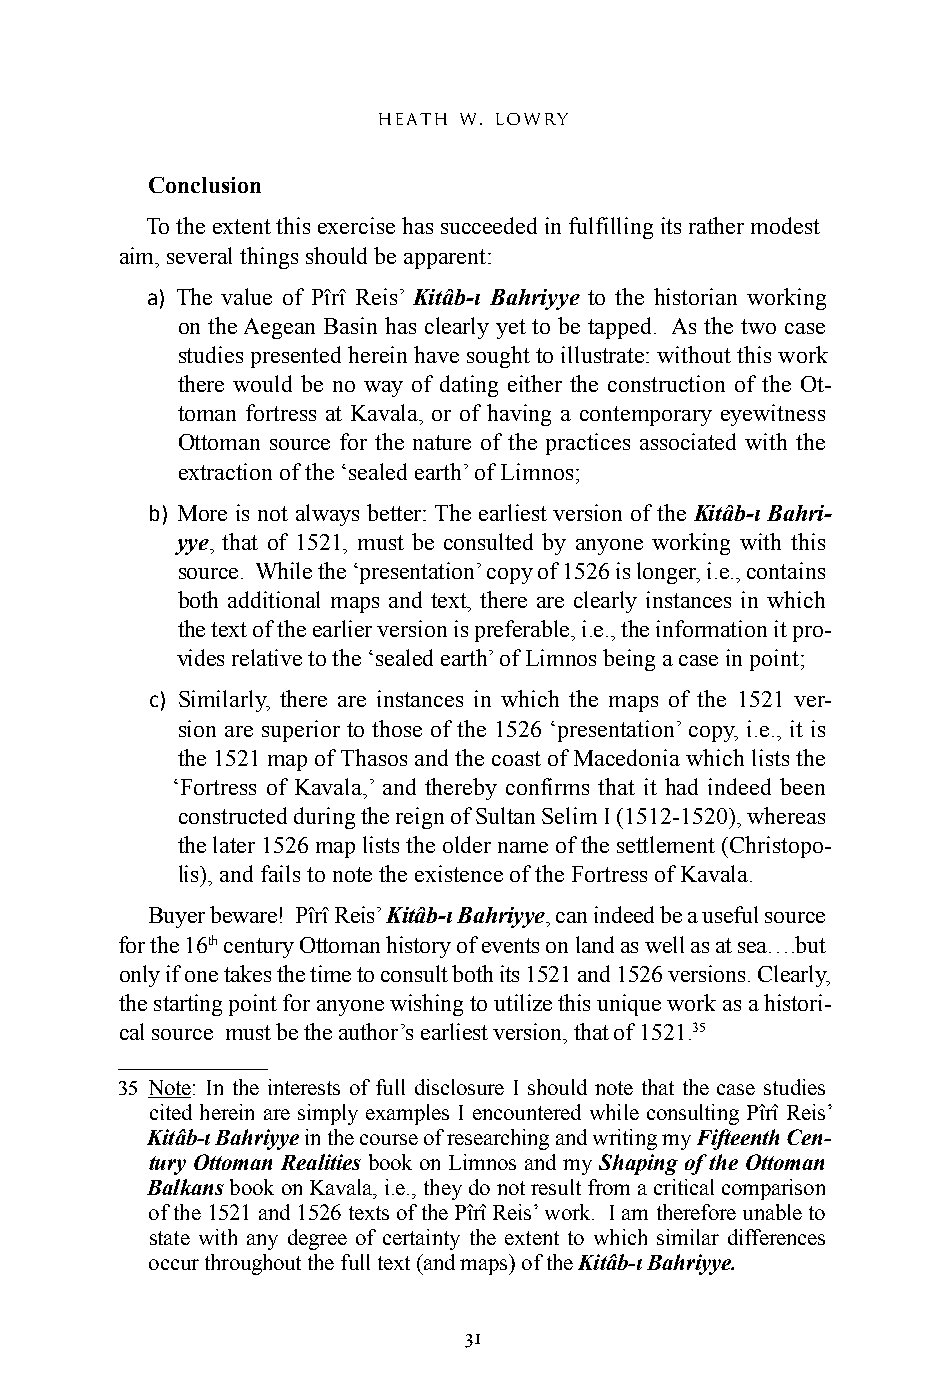
heath w. lowry
 Conclusion
 To the extent this exercise has succeeded in fulfilling its rather modest
 aim, several things should be apparent:
 a) The value of Pîrî Reis’ Kitâb-ı Bahriyye to the historian working
 on the Aegean Basin has clearly yet to be tapped. As the two case
 studies presented herein have sought to illustrate: without this work
 there would be no way of dating either the construction of the Ot-
 toman fortress at Kavala, or of having a contemporary eyewitness
 Ottoman source for the nature of the practices associated with the
 extraction of the ‘sealed earth’ of Limnos;
 b) More is not always better: The earliest version of the Kitâb-ı Bahri-
 yye, that of 1521, must be consulted by anyone working with this
 source. While the ‘presentation’ copy of 1526 is longer, i.e., contains
 both additional maps and text, there are clearly instances in which
 the text of the earlier version is preferable, i.e., the information it pro-
 vides relative to the ‘sealed earth’ of Limnos being a case in point;
 c) Similarly, there are instances in which the maps of the 1521 ver-
 sion are superior to those of the 1526 ‘presentation’ copy, i.e., it is
 the 1521 map of Thasos and the coast of Macedonia which lists the
 ‘Fortress of Kavala,’ and thereby confirms that it had indeed been
 constructed during the reign of Sultan Selim I (1512-1520), whereas
 the later 1526 map lists the older name of the settlement (Christopo-
 lis), and fails to note the existence of the Fortress of Kavala.
 Buyer beware! Pîrî Reis’ Kitâb-ı Bahriyye, can indeed be a useful source
 for the 16th century Ottoman history of events on land as well as at sea….but
 only if one takes the time to consult both its 1521 and 1526 versions. Clearly,
 the starting point for anyone wishing to utilize this unique work as a histori-
 cal source must be the author’s earliest version, that of 1521.35
 35 Note: In the interests of full disclosure I should note that the case studies
 cited herein are simply examples I encountered while consulting Pîrî Reis’
 Kitâb-ı Bahriyye in the course of researching and writing my Fifteenth Cen-
 tury Ottoman Realities book on Limnos and my Shaping of the Ottoman
 Balkans book on Kavala, i.e., they do not result from a critical comparison
 of the 1521 and 1526 texts of the Pîrî Reis’ work. I am therefore unable to
 state with any degree of certainty the extent to which similar differences
 occur throughout the full text (and maps) of the Kitâb-ı Bahriyye.
 31